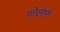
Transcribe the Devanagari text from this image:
फ़ोर्लानी